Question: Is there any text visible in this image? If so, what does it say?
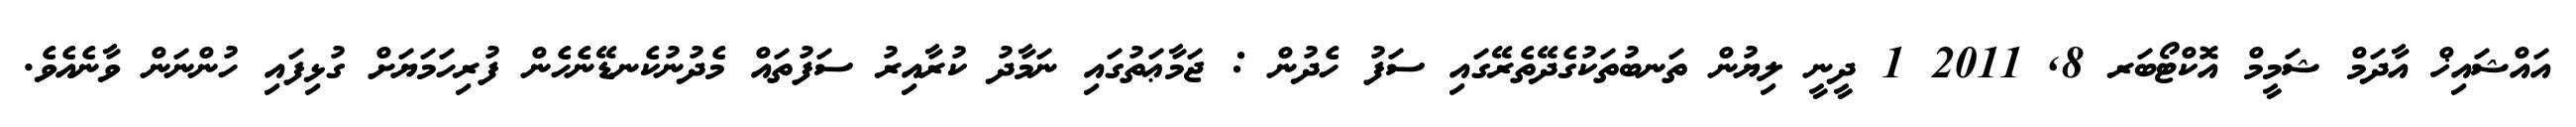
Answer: އައްޝައިޚް އާދަމް ޝަމީމް އޮކްޓޯބަރ 8, 2011 1 ދީނީ ލިޔުން ތަނބުތަކުގެދޭތެރޭގައި ސަފު ހެދުން : ޖަމާޢަތުގައި ނަމާދު ކުރާއިރު ސަފުތައް މެދުނުކެނޑޭނެހެން ފުރިހަމަޔަށް ގުޅިފައި ހުންނަން ވާނެއެވެ.